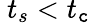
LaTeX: ~t_{s}<t_{\mathtt{c}}